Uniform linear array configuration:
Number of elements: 12
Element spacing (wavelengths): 0.5
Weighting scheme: hamming
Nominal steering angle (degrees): -15
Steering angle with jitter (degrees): -16.378
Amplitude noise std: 0.05
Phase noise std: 0.05

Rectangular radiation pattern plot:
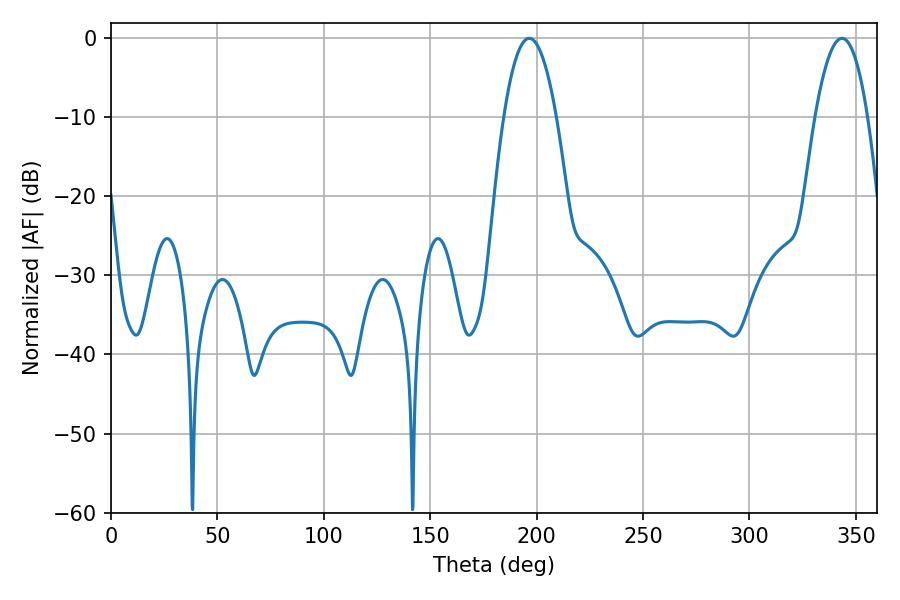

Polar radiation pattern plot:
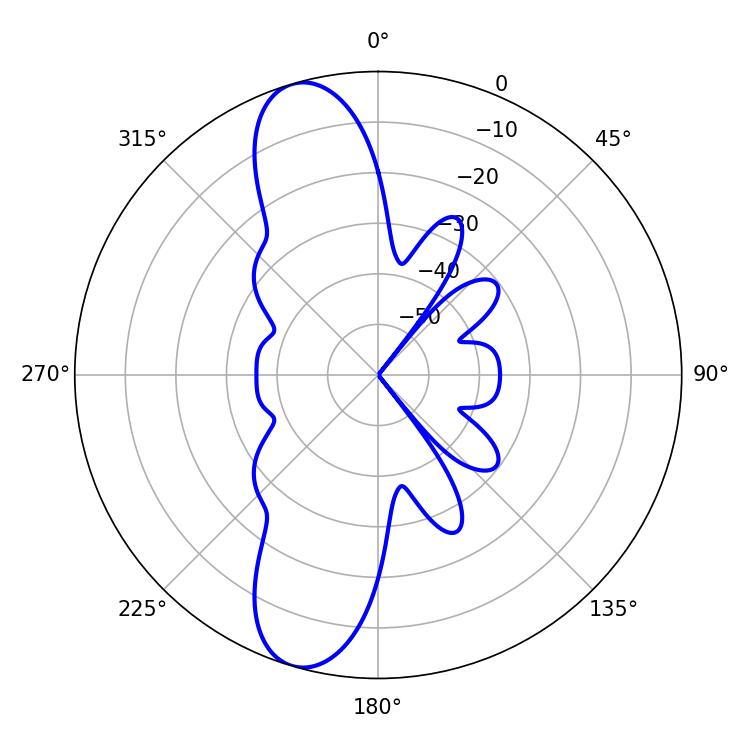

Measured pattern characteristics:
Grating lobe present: FALSE
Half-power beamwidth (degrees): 13.5
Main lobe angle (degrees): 196.56